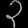
Digit: ၃